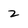
Character: z